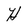
Character: H